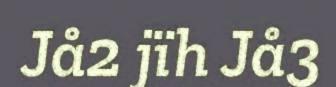
Jå2 jïh Jå3